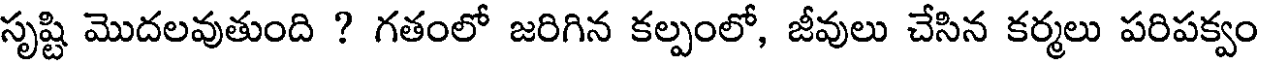
సృష్టి మొదలవుతుంది ? గతంలో జరిగిన కల్పంలో, జీవులు చేసిన కర్మలు పరిపక్వం